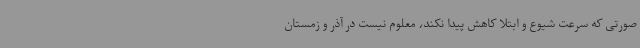
صورتی که سرعت شیوع و ابتلا کاهش پیدا نکند، معلوم نیست در آذر و زمستان